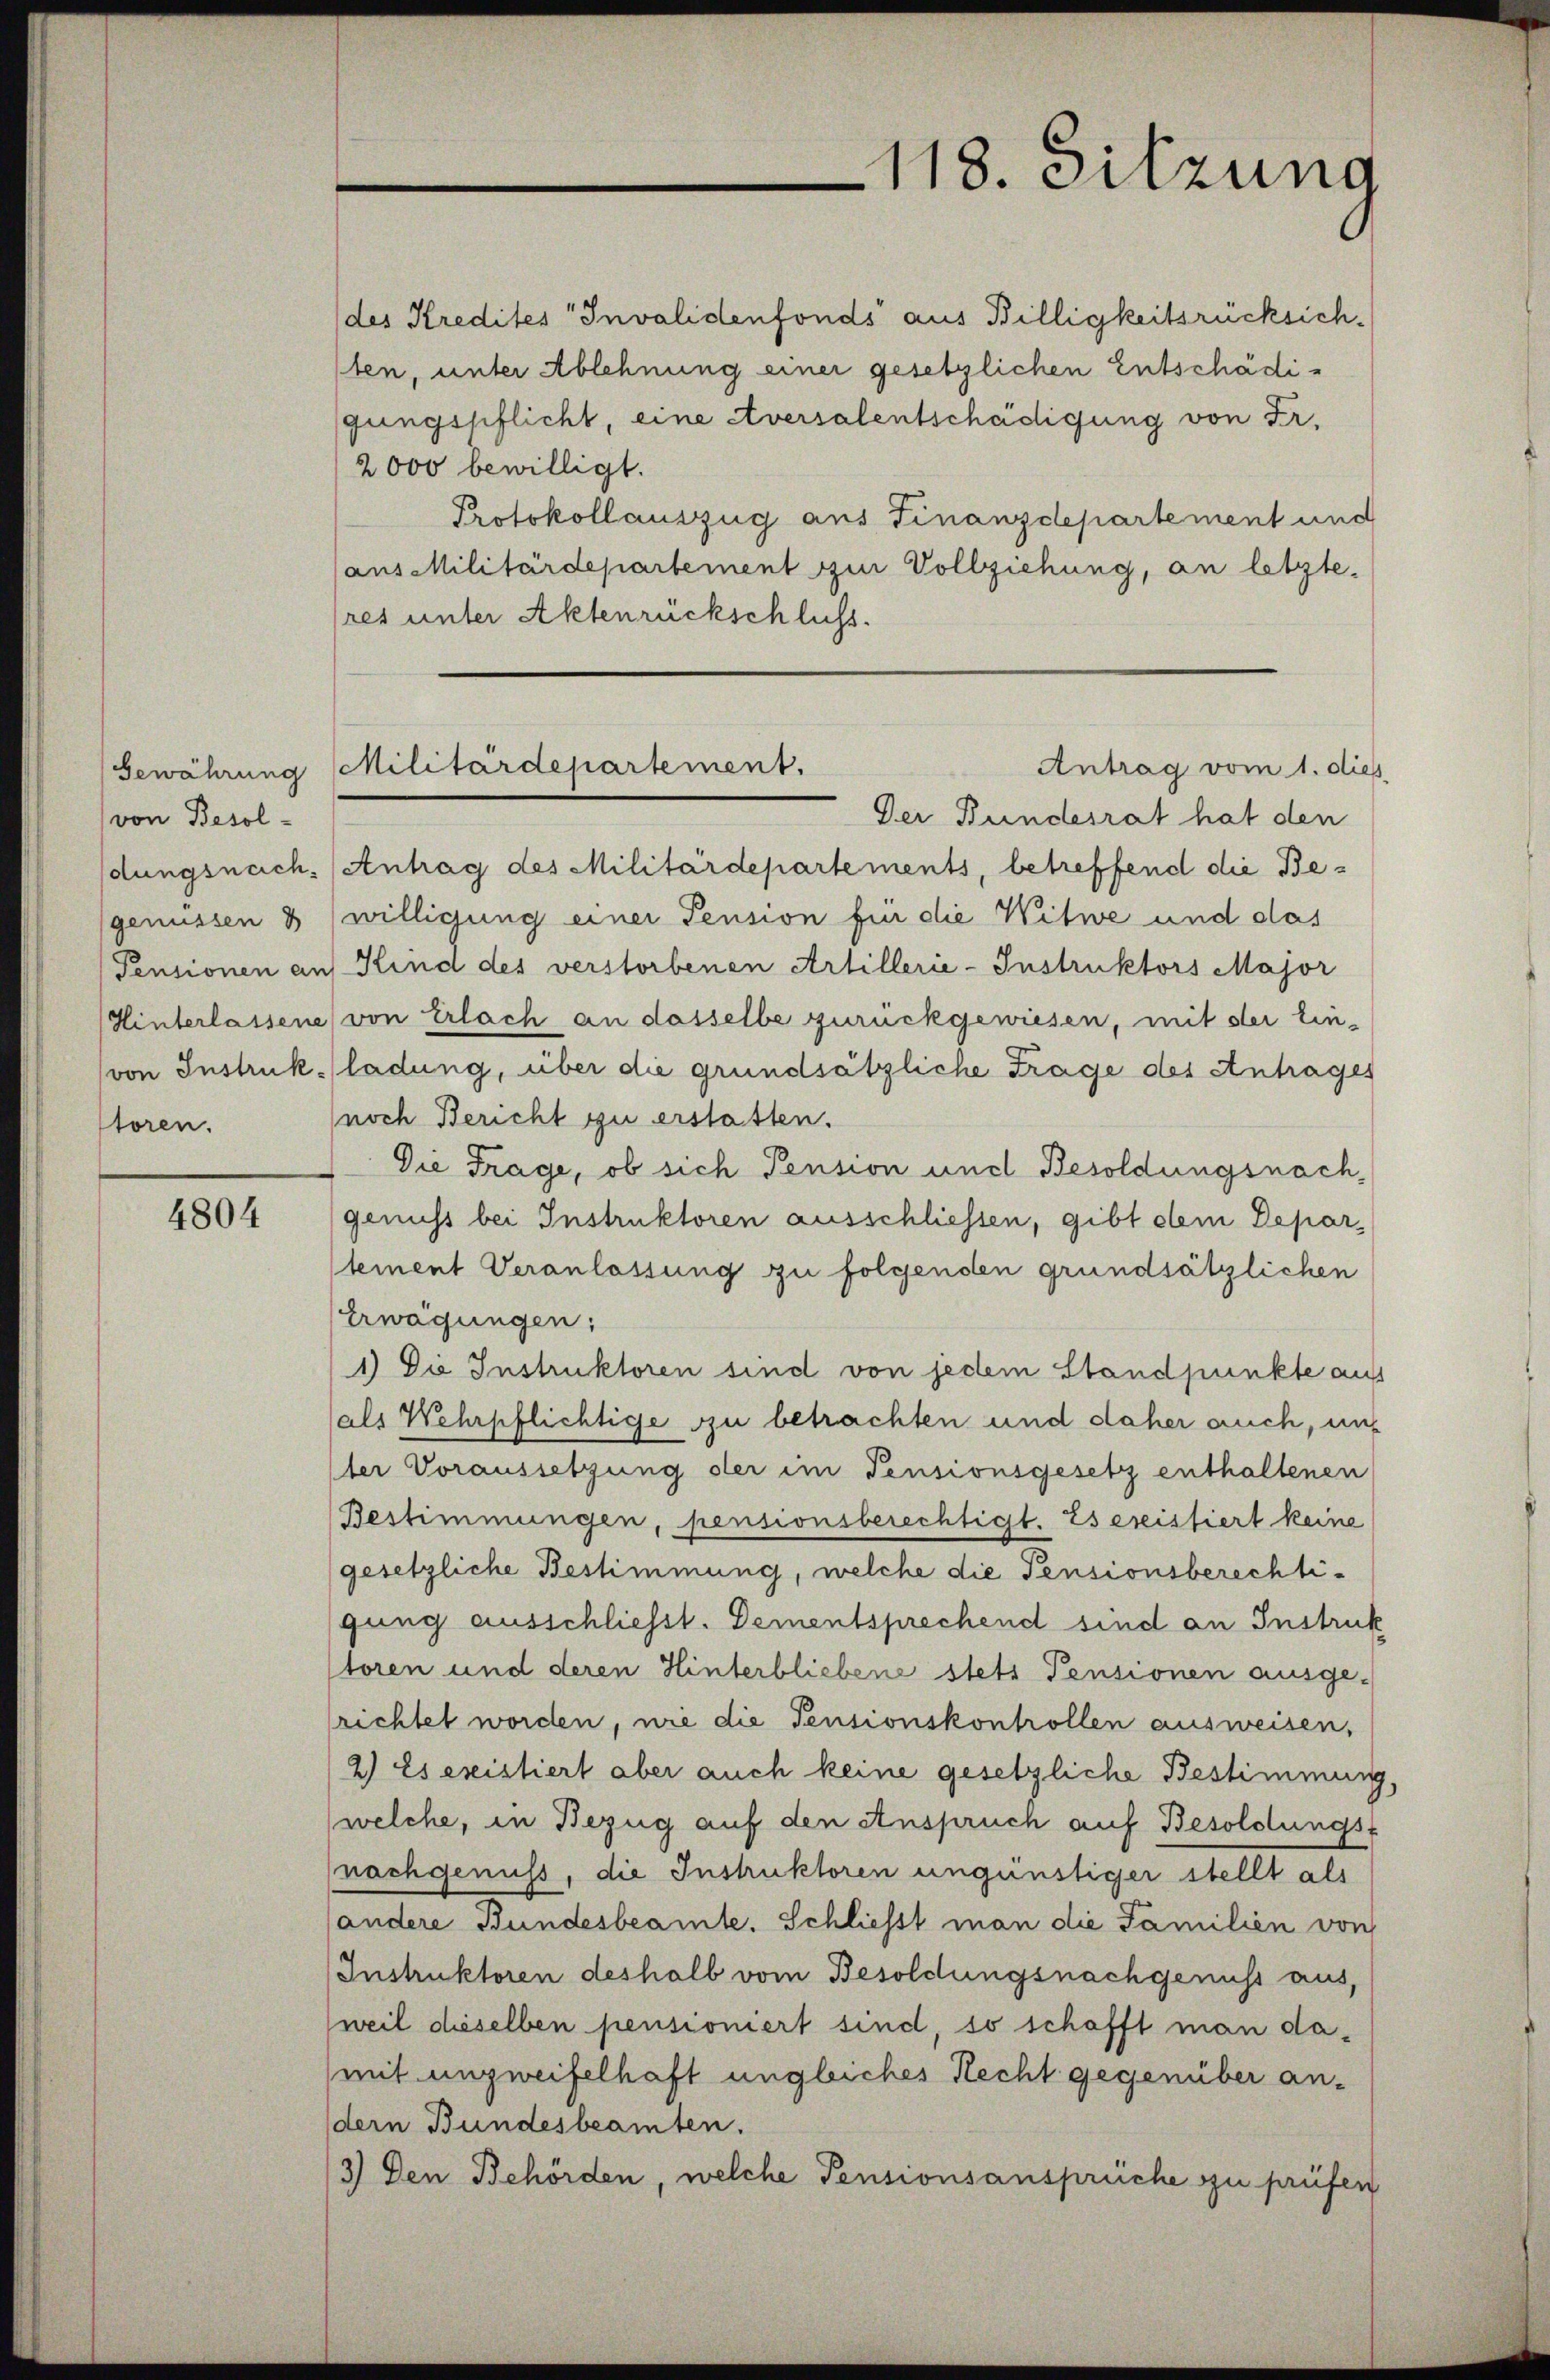
Gewährung
von Besoldungsnach.
genüssen
Pensionen an
Hinterlassene
von Instruk
toren.

4804

des Kredites Invalidenfonds aus Billigkeitsrücksich
ten, unter Ablehnung einer gesetzlichen Entschädigungspflicht, eine Aversalentschädigung von Fr.
2000 bewilligt.
Protokollauszug aus Finanzdepartement und
(aus Militärdepartement zur Vollziehung, an letzte.
(res unter Aktenrückschluss.
Der Bundesrat hat den
Antrag des Militärdepartements, betreffend die Bewilligung einer Pension für die Witwe und das
Kind des verstorbenen Artillerie-Instruktors Major
von Erlach an dasselbe zurückgewiesen, mit ster Ein-
ladung, über die grundsätzliche Trage des Antrages
noch Bericht zu erstatten.
Die Frage, ob sich Pension und Besoldungsnachgenuss bei Instruktoren ausschliessen, gibt dem Departement Veranlassung zu folgenden grundsätzlichen
Erwägungen;
1) Die Instruktoren sind von jedem Standpunkte au
(als Wehrpflichtige zu betrachten und daher auch, im
(der Voraussetzung der im Pensionsgesetz enthaltenen
Bestimmungen, pensionsberechtigt. Es ereistiert keine
gesetzliche Bestimmung, welche die Pensionsberechtigung ausschliesst. Dementsprechend sind an Instruk
toren und deren Hinterbliebene stets Pensionen ausge-
richtet worden, nie die Pensionskonhollen ausweisen,
2) Es existiert aber auch keine gesetzliche Bestimmun
welche, in Bezug auf den Anspruch auf Besoldungs-
nachgenuss, die Instruktoren ungünstiger stellt als
andere Bundesbeamte. Schliesst man die Familien von
Instruktoren deshalb vom Besoldungsnachgenuss aus,
weil dieselben pensioniert sind, so schafft man damit unzweifelhaft ungleiches Recht gegenüber andern Bundesbeamten.
3) Den Behörden, welche Pensionsansprüche zu prüfen

118. Sitzung

Militärdepartement.
Antrag vom 1. die